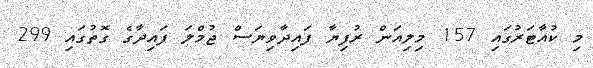
މި ކުއާޓަރުގައި 157 މިލިއަން ރުފިޔާ ފައިދާވިޔަސް ޖުމްލަ ފައިދާގެ ގޮތުގައި 299